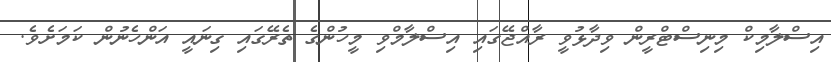
އިސްލާމިކް މިނިސްޓްރީން ވިދާޅުވީ ރާއްޖޭގައި އިސްލާމްވި މީހުންގެ ތެރޭގައި ގިނައީ އަންހެނުން ކަމަށެވެ.